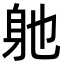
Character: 𮜮